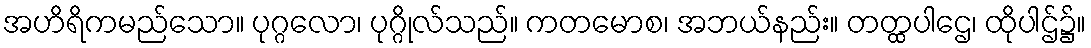
အဟိရိကမည်သော။ ပုဂ္ဂလော၊ ပုဂ္ဂိုလ်သည်။ ကတမောစ၊ အဘယ်နည်း။ တတ္ထပါဌေ၊ ထိုပါဌ်၌။